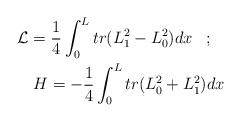
LaTeX: \begin{align*}{\cal L} = \frac{1}{4} \int_{0}^{L} tr(L_{1}^2 - L_{0}^2)dx \;\;\; ;\;\;\; \\ H = - \frac{1}{4} \int_{0}^{L} tr(L_{0}^2 + L_{1}^2)dx\end{align*}